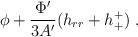
LaTeX: \begin{align*}\phi +\frac{\Phi'}{3A'}(h_{rr}+h^+_+)~.\end{align*}